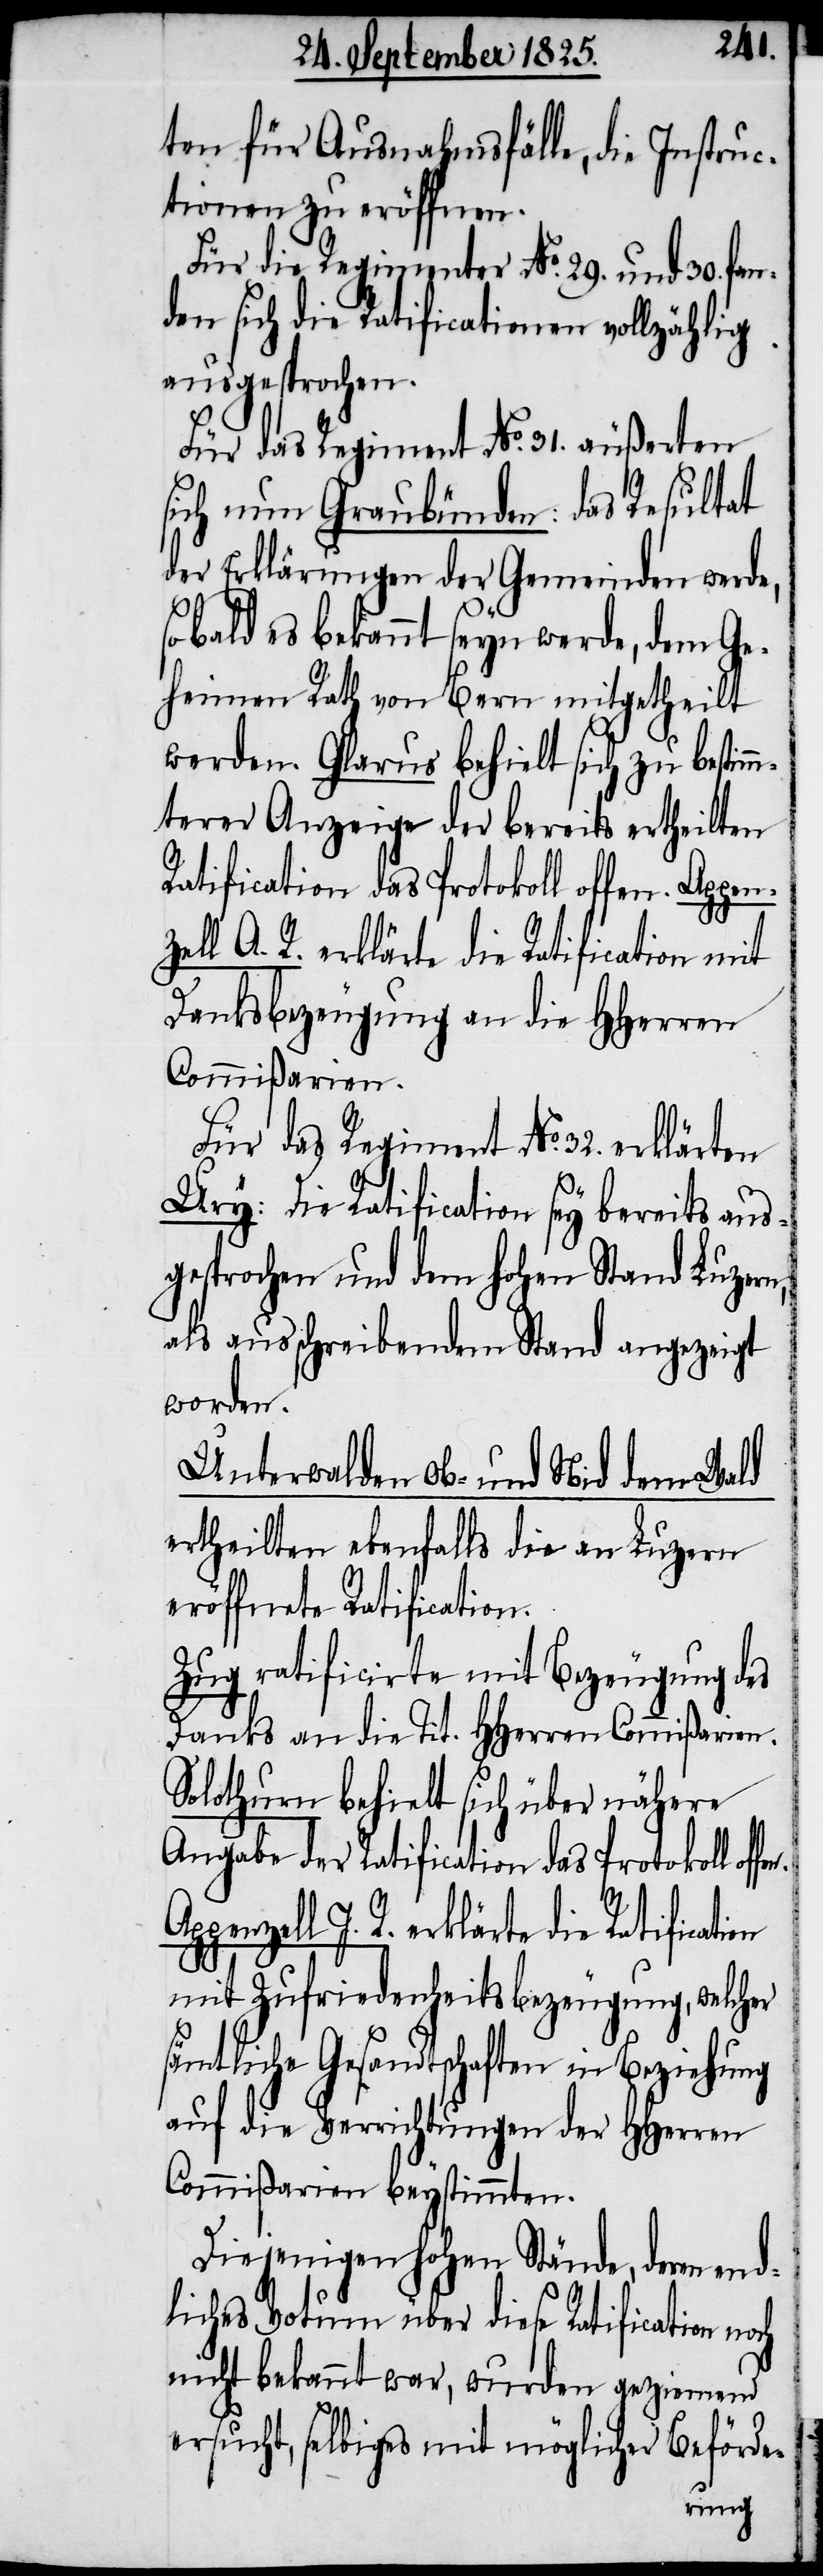
Appen¬
ten für Ausnahmsfälle, die Instruc¬
tionen zu eröffnen.
Für das Regiment No. 31. äußerte
sich nun Graubünden: das Resultat
der Erklärungen der Gemeinden werde,
sobald es bekannt seyn werde, dem ge¬
heimen Rath von Bern mitgetheilt
werden. Glarus behielt sich zu bestim¬
mterer Anzeige der bereits ertheilten
Ratification das Protokoll offen. Appen¬
zell I. R. erklärte die Ratification
Danksbezeugung an die HHerren
Commißarien.
Für das Regiment No. 32. erklärten
Ury: Die Ratification sey bereits aus¬
gesprochen und dem hohen Stand Luzern
als ausschreibendem Stand angezeigt
worden.
Unterwalden Ob- und Nid dem Wald
ertheilten ebenfalls die an Luzern
eröffnete Ratification.
Zug ratificirte mit Bezeugung des
Danks an die Tit. HHerren Commißarien.
Solothurn behielt sich über nähere
Angabe der Ratification das Protokoll
mit Zufriedenheitsbezeugung, welcher
sämtliche Gesandtschaften in Beziehung
auf die Verrichtungen der HHerren
Commißarien beystimmten.
Diejenigen hohen Stände, deren end¬
liches Votum über diese Ratification noch
nicht bekannt war, wurden geziemend
ersucht, selbiges mit möglicher Beförde-